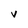
Character: V